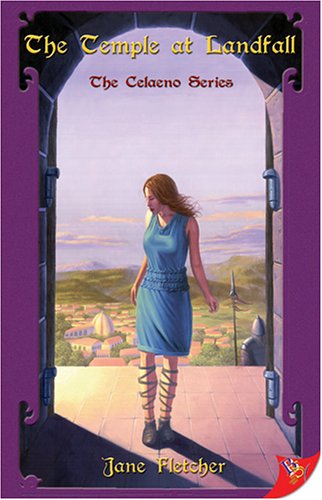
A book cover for The Temple at Landfall (Celaeno); Jane Fletcher; Romance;